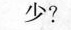
少？